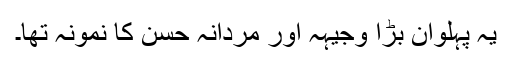
یہ پہلوان بڑا وجیہہ اور مردانہ حسن کا نمونہ تھا۔